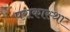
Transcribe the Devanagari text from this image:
पराकास्था